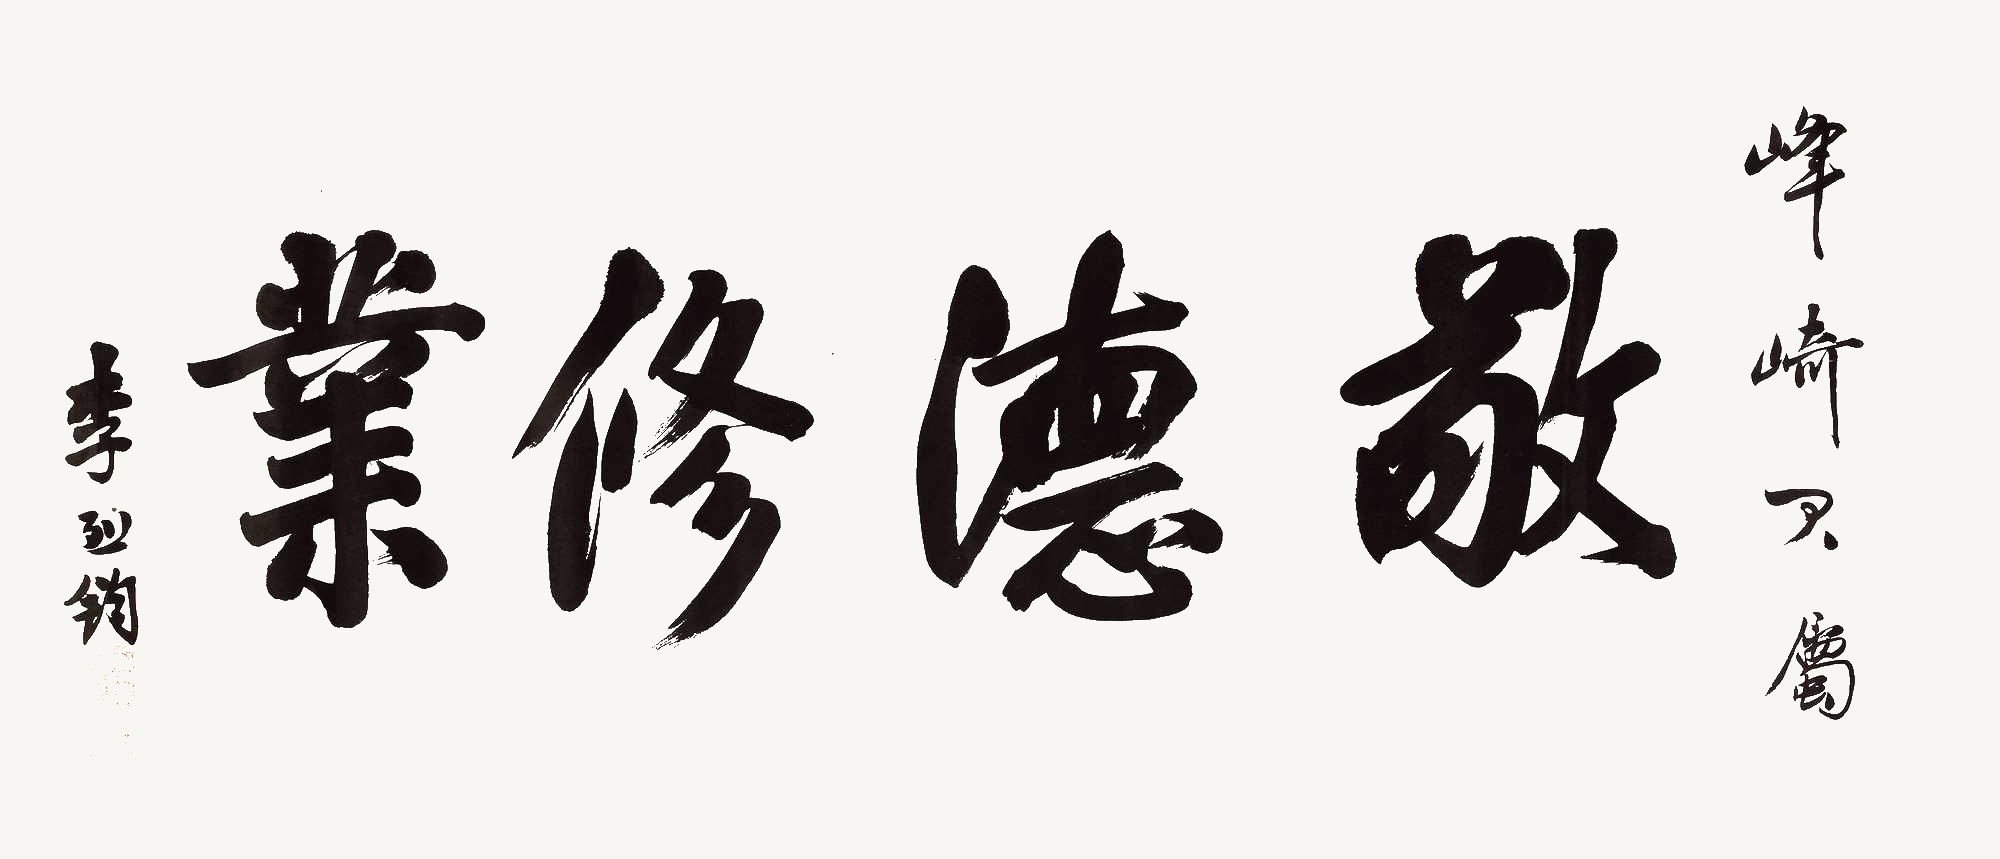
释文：敬德修业。峰崎君属，李烈钧。